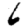
Digit: 6